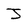
Character: J